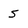
Character: 5